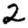
Digit: 2